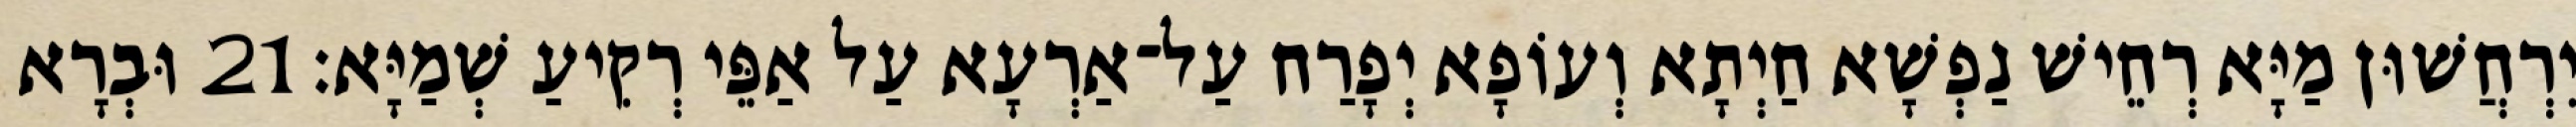
יִרְחֲשׁוּן מַיָּא רְחֵישׁ נַפְשָׁא חַיְתָא וְעוֹפָא יְפָרַח עַל־אַרְעָא עַל אַפֵּי רְקִיעַ שְׁמַיָּא׃ 21 וּבְרָא